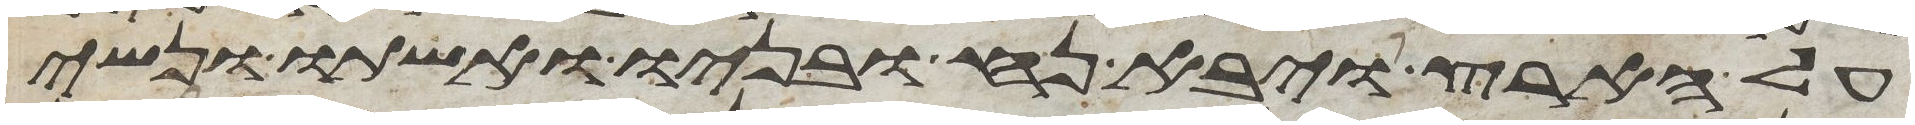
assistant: על הארץ ויבא נח ובניו ואשתו ונשי